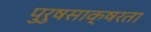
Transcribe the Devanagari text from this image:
पुरुषसाक्षरता